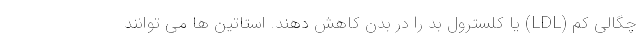
چگالی کم (LDL) یا کلسترول بد را در بدن کاهش دهند. استاتین ها می توانند